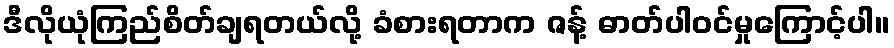
ဒီလိုယုံကြည်စိတ်ချရတယ်လို့ ခံစားရတာက ဇန့် ဓာတ်ပါဝင်မှုကြောင့်ပါ။